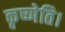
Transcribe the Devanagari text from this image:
कृष्णेति।